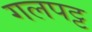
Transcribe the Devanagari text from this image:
गलपट्ट